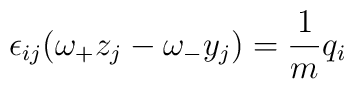
\epsilon_{ij}(\omega_+  z_j - \omega_- y_j) = \frac{1}{m}q_i